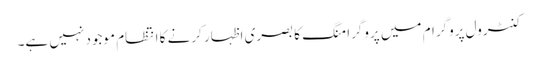
کنٹرول پروگرام میں پروگرامنگ کا بصری اظہار کرنے کا انتظام موجود نہیں ہے۔